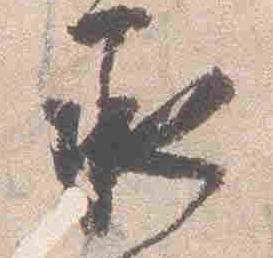
承